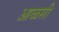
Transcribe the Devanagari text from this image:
आळसी